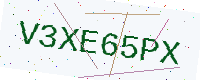
Text: V3XE65PX